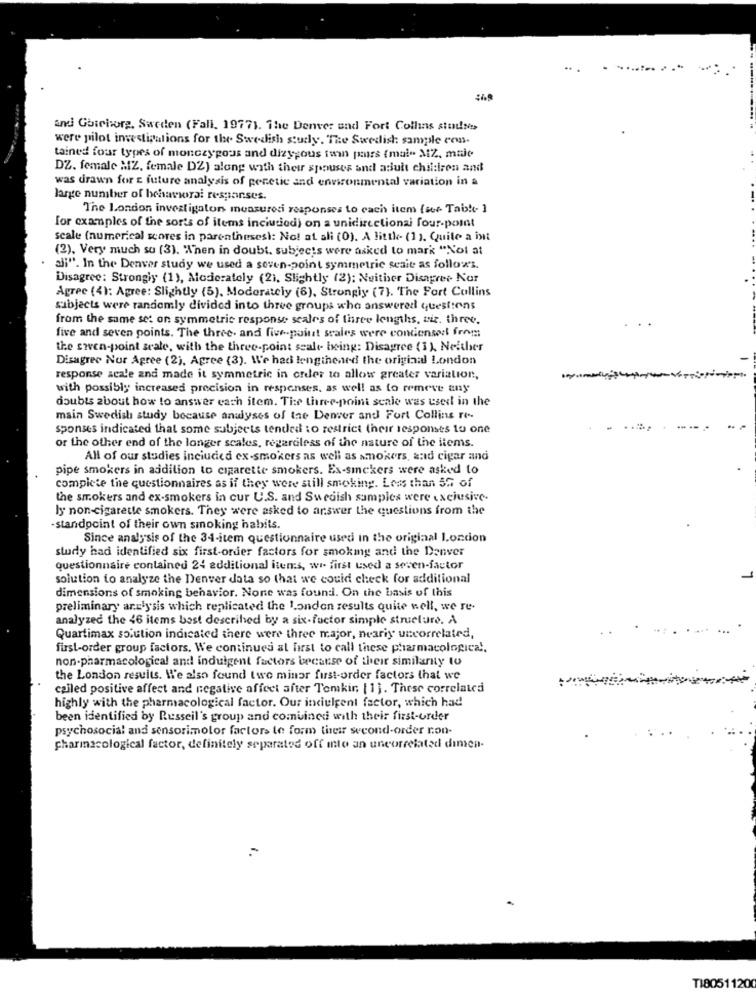
. ..........
and Göteborg, Sweden (Fall, 1977). The Denver and Fort Collins studie
were pilot investigations for the Swedish study. The Swedish sample con.
tained four types of monczypous and dizygous ton pours (mal- MZ. mnie
DZ. female MZ, female DZ) along with their spouses and adult children and
was drawn for future analysis of genetic and environmental variation in a
large number of behavioral responses.
The London investigator measures responses to each item (ser- Table ]
for examples of the sorts of items inciudied) on a unidirectional four-point
scale (numerical scores in parentheses): No! at ali (0). A little- (1). Quite a int
(2). Very much so (3). "When in doubt. subjects were asked to mark "Not at
si". In the Denver study we used a seven-point symmetrie seait as follows.
Disagree: Strongiy (1), Moderately (2), Slightly (2); Neither Disagree Nor
Agree (4): Agree: Slightly (5), Moderately (6), Strongly (7). The Fort Collins
subjects were randomly divided into three groups wha answered questions
from the same set on symmetric response scales of three lengths, tiz. three.
five and seven points. The three- and five-point scales were condensed from
the swen-point seale, with the three-point scale being: Disagree (1), Neither
Disagree Nur Agree (2), Agree (3). We had lengthened the original London
response scale and made it symmetric in order to allow greater variation,
with possibly increased precision in responses, as well as to remove any
doubts about how to answer each item. Tie three-point scale was used in the
main Swedish study because analyses of the Denver and Fort Collins re-
sponses indicated that some subjects tended to restrict their responses to one
.........
or the other end of the longer scales, regardless of the nature of the items.
All of our studies inciudica ex-smokers as well as smokers, and cigar and
pipe smokers in addition to cigarette smokers. Ex-smekers were asked to
complete the questionnaires as if they were still smoking. Less than 5G of
the smokers and ex-smokers in cur U.S. and Swedish samples were exclusive.
ly non-cigarette smokers. They were asked to answer the questions from the
-standpoint of their own smoking habits.
Since analysis of the 34-item questionnaire used in the original London
study had identified six first-order factors for smoking and the Denver
questionnaire contained 24 additional items, we first used a seven-factor
solution to analyze the Denver data so that we could check for additional
dimensions of smoking behavior. None was found. On the basis of this
preliminary arclysis which replicated the London results quite well, we re-
analyzed the 46 items best described by a six-fuctor simple structure. A
Quartimax solution indicated there were three major, neariy uncorrelated,
first-order group factors. We continues at first to call these pharmacological,
non-pharmacological and indulgent factors because of their similarity to
the London results. We also found two minor first-order factors that we
called positive affect and negative affect after Temkin [1]. These correlated
highly with the pharmacological factor. Our indulgent factor, which had
been identified by Russeil's group and combined with their first-order
psychosocial and sensorimotor factors te form their second-order non-
charınacological factor, definitely separated off mto an uncorrelated dimen-
TI80511200